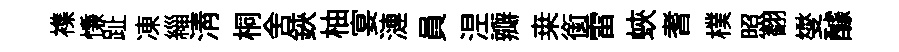
襍慊趾凍緇淸桐舍鋏柚宴漣員𣵀瓣桒銜雷蛺耆樸照翻燮醵